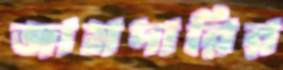
জামদারির